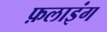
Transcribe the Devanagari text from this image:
फ़लाइंग